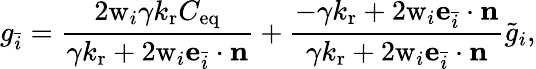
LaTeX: g_{\bar{i}}=\frac{2\mathrm{w}_{i}\gamma k_{\mathrm{r}}C_{\mathrm{eq}}}{\gamma k_{\mathrm{r}}+2\mathrm{w}_{i}\mathbf{e}_{\bar{i}}\cdot\mathbf{n}}+\frac{-\gamma k_{\mathrm{r}}+2\mathrm{w}_{i}\mathbf{e}_{\bar{i}}\cdot\mathbf{n}}{\gamma k_{\mathrm{r}}+2\mathrm{w}_{i}\mathbf{e}_{\bar{i}}\cdot\mathbf{n}}\tilde{g}_{i},